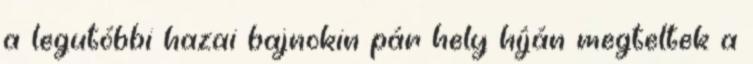
a legutóbbi hazai bajnokin pár hely híján megteltek a